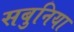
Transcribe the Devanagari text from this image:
सबुनिया